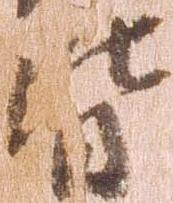
皆